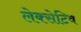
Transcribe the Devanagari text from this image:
लेक्सेटिव